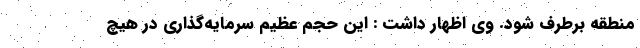
منطقه برطرف شود. وی اظهار داشت : این حجم عظیم سرمایه‌گذاری در هیچ